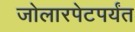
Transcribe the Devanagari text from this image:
जोलारपेटपर्यंत